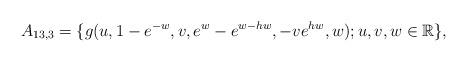
LaTeX: \begin{align*} A_{13,3}=\{g(u,1-e^{-w},v,e^{w}-e^{w-hw},-ve^{hw},w); u, v, w \in \mathbb R\}, \end{align*}